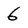
Character: 6